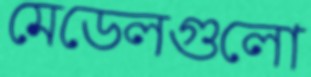
মেডেলগুলো